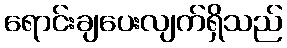
ရောင်းချပေးလျက်ရှိသည်